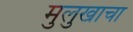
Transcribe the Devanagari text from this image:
मुलुखाचा